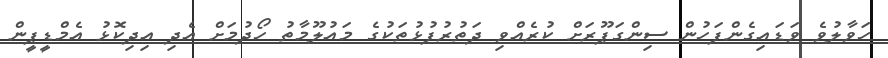
ހަވާލުވެ ވަޑައިގެންފަހުން ސިންގަޕޫރަށް ކުރެއްވި ދަތުރުފުޅުތަކުގެ މައުލޫމާތު ހޯދުމަށް އެދި އިދިކޮޅު އެމްޑީޕީން